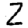
Digit: 2